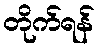
တိုက်ရန်